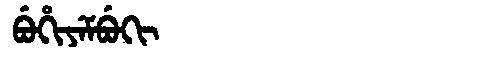
Manchu: ᠪᡠᡥᡳᠶᡝᠮᠪᡠᡴᡳ
Romanization: BUHIYEMBUKI